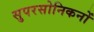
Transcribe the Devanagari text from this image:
सुपरसोनिकनों